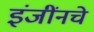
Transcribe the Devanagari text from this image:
इंजींनचे